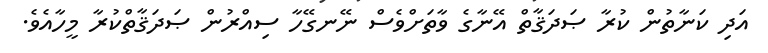
އަދި ކަނާތުން ކުރާ ޞަދަޤާތް އޭނާގެ ވާތަށްވެސް ނޭނގޭހާ ސިއްރުން ޞަދަޤާތްކުރާ މީހާއެވެ.